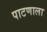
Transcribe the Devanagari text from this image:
पाटणाला